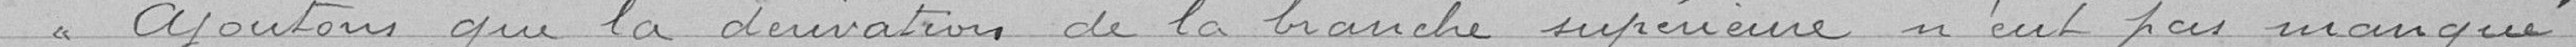
Ajoutons que la dérivation de la branche supérieure n'eut pas manqué